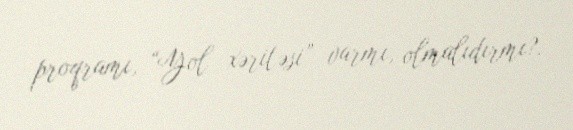
proqramı, “Yol xəritəsi” varmı, olmalıdırmı?.